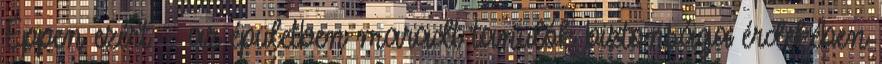
Éppen ezért – az épületben maradt tanulók biztonsága érdekében